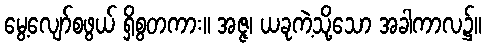
မွေ့လျော်စဖွယ် ရှိစွတကား။ အဇ္ဇ၊ ယခုကဲ့သို့သော အခါကာလ၌။